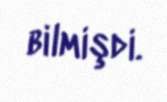
bilmişdi.